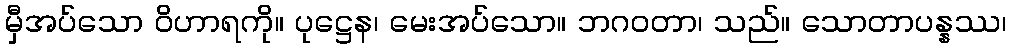
မှီအပ်သော ဝိဟာရကို။ ပုဋ္ဌေန၊ မေးအပ်သော။ ဘဂဝတာ၊ သည်။ သောတာပန္နဿ၊